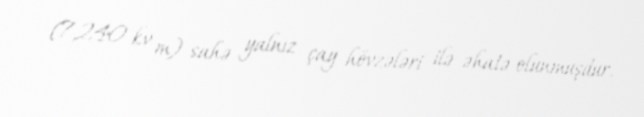
(7,240 kv m) sahə yalnız çay hövzələri ilə əhatə olunmuşdur.